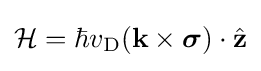
{\begin{aligned}{\cal {H}}=\hbar v_{\rm {D}}(\mathbf {k} \times {\boldsymbol {\sigma }})\cdot {\hat {\mathbf {z} }}\end{aligned}}